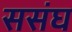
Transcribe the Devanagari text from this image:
ससंघ